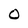
Character: C